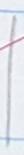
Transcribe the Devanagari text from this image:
१